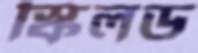
স্কিলড